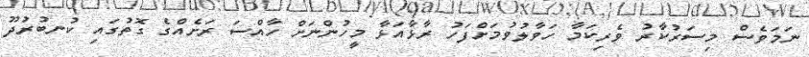
ނަމަވެސް މިސަރުކާރު ވެރިކަމާ ހަވާލުވުމަށްފަހު ރާޅާއަޅާ މީހުންނަށް ހާއްސަ ރަށެއްގެ ގޮތުގައި ކުނބުރުދޫ